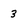
Character: 3